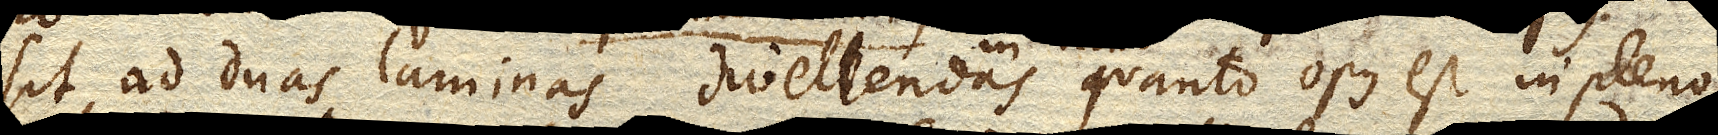
sit ad duas laminas divellendas quanto opus est in pleno.